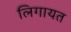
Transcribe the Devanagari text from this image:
लिगायत